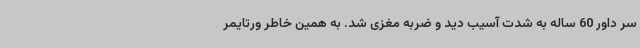
سر داور 60 ساله به شدت آسیب دید و ضربه مغزی شد. به همین خاطر ورتایمر